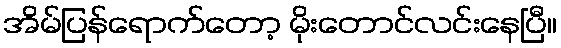
အိမ်ပြန်ရောက်တော့ မိုးတောင်လင်းနေပြီ။